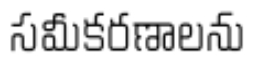
సమీకరణాలను